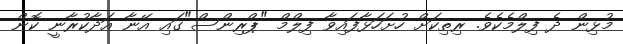
މުޅިން ދެ ފިލްމެކެވެ. ރިތިކަށް ހުށަހަޅާފައިވާ ފިލްމް "ޕްރިންސް"ގައި އޭނާ އަދާކުރާނީ ކޮން